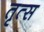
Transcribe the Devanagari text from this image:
तृत्स